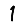
Digit: 1